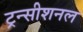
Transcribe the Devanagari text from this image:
ट्रन्सीशनल